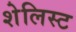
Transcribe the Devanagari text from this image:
शेलिस्ट